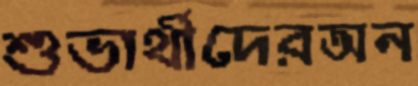
শুভার্থীদেরঅন